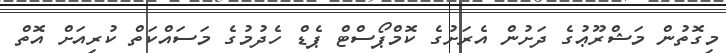
މިގޮތުން މަޝްރޫޢުގެ ދަށުން އެރަށުގެ ކޮމްޕޯސްޓް ޕެޑް ހެދުމުގެ މަސައްކަތް ކުރިއަށް އޮތް